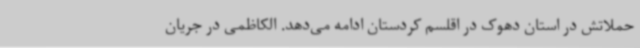
حملاتش در استان دهوک در اقلسم کردستان ادامه می‌دهد. الکاظمی در جریان